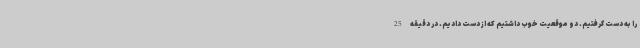
را به دست گرفتیم. دو موقعیت خوب داشتیم که از دست دادیم. در دقیقه 25